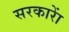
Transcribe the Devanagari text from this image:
सरकाराें